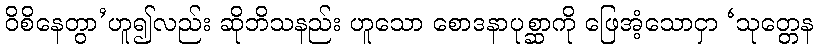
ဝိစိနေတွာ’ဟူ၍လည်း ဆိုဘိသနည်း ဟူသော စောဒနာပုစ္ဆာကို ဖြေအံ့သောငှာ ‘သုတ္တေန